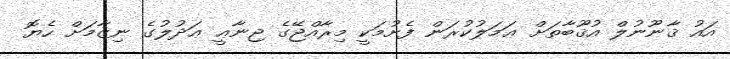
އައު ޤާނޫނުލް އުޤޫބާތަށް ޢަމަލުކުރަން ފެށުމަކީ މިރާއްޖޭގެ ޖިނާޢީ ޢަދުލުގެ ނިޒާމަށް ހެޔޮ